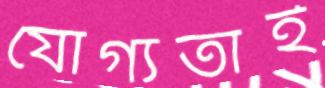
যোগ্যতাই